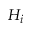
H _ { i }